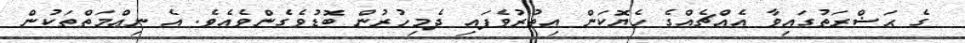
ގެ ޙަޟްރަތުގައިވާ އެއްޗެއްގެ ހެޔޮކަން އިތުރުވެފައި ދެމިހުރުން ބޮޑުވެގެންވެއެވެ. އެ ނިޢްމަތްތަކުން